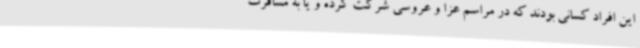
این افراد کسانی بودند که در مراسم عزا و عروسی شرکت کرده و یا به مسافرت